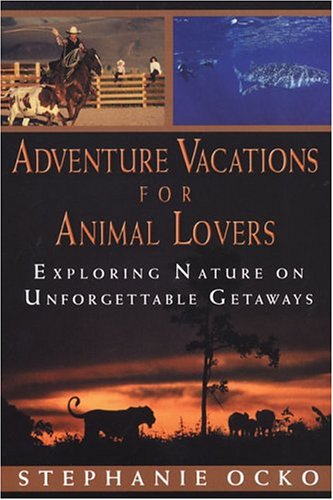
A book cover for Adventure Vacations for Animal Lovers; Stephanie Ocko; Travel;